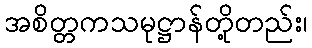
အစိတ္တကသမုဋ္ဌာန်တို့တည်း၊